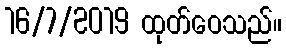
16/7/2019 ထုတ်ဝေသည်။